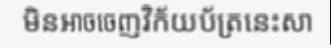
មិនអាចចេញវិក័យប័ត្រនេះសា